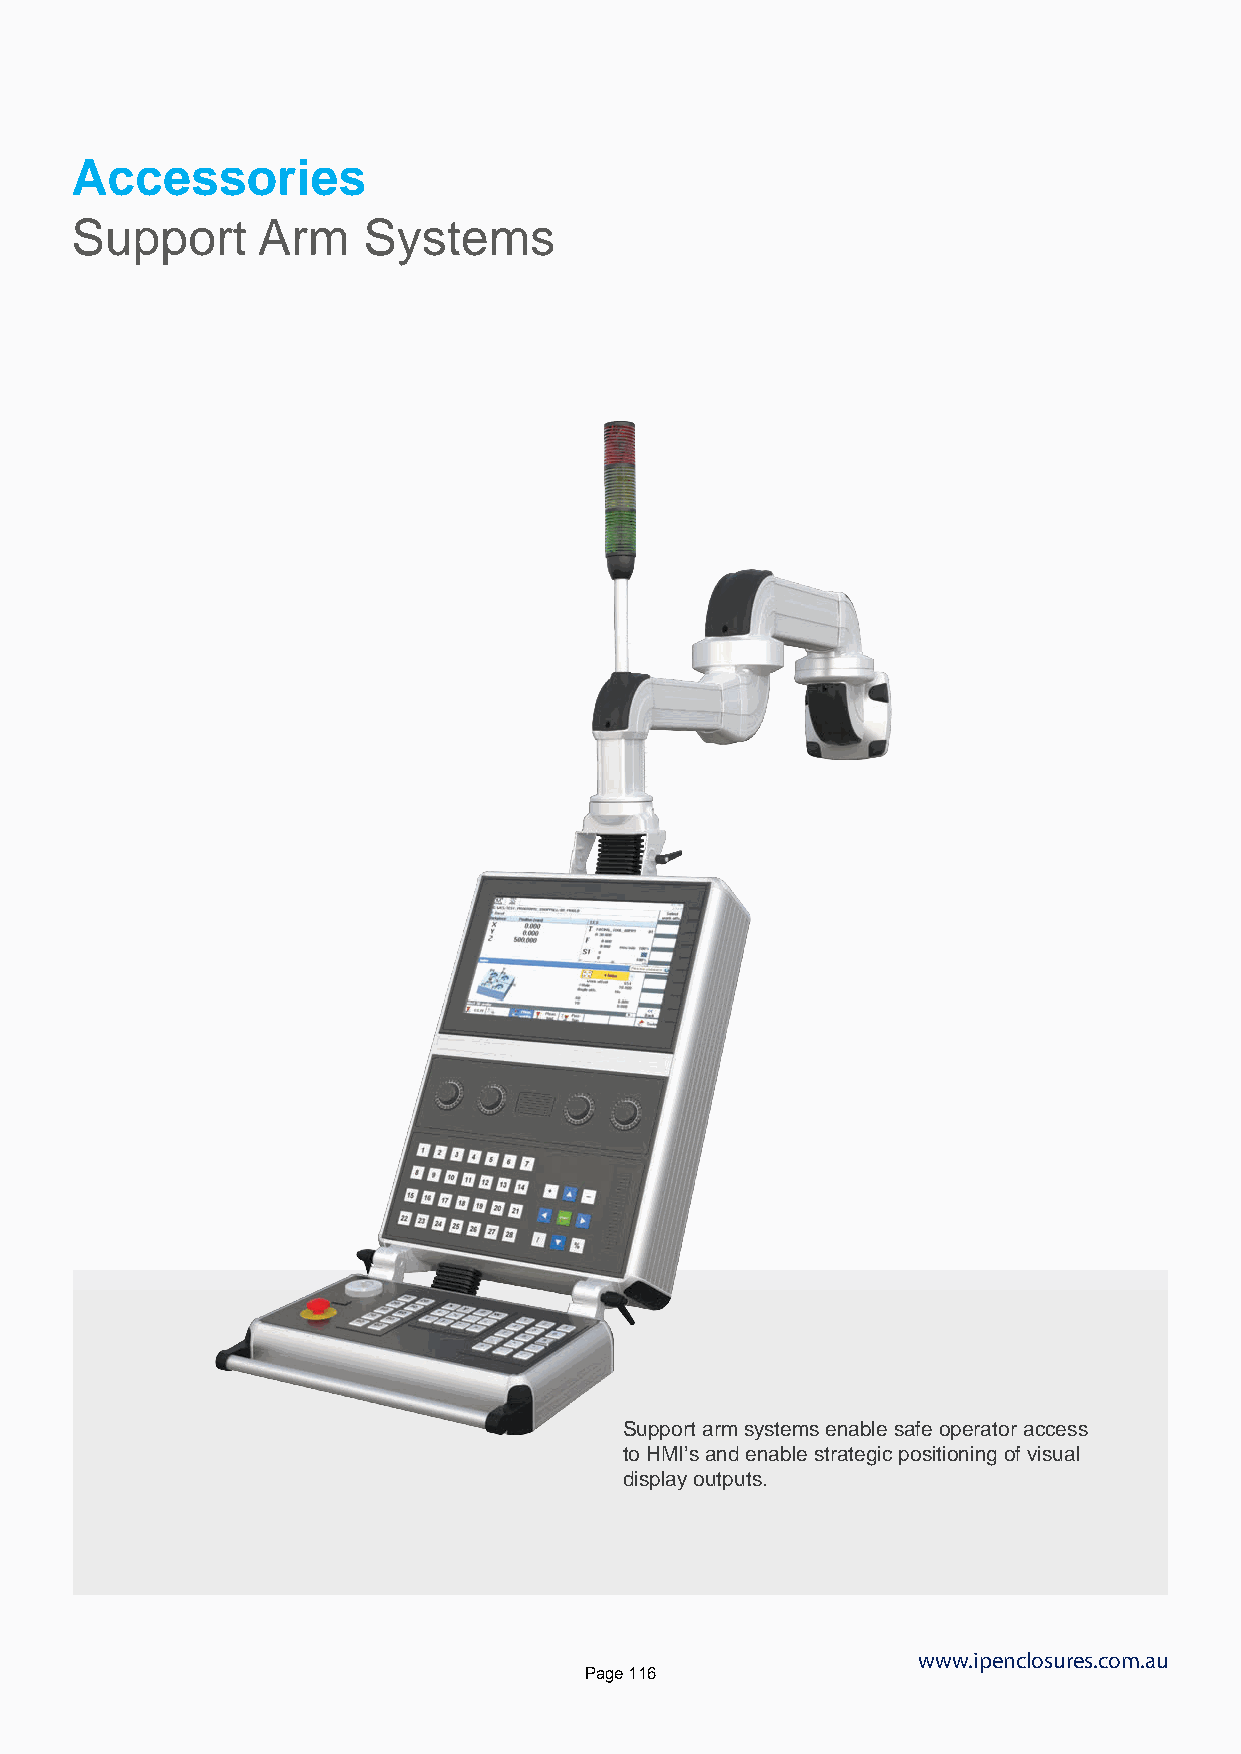
Accessories
 Support     Arm    Systems
 Support arm systems enable safe operator access
 to HMI’s and enable strategic positioning of visual
 display outputs.
 www.ipenclosures.com.au
 Page 116